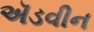
ઍડવીન